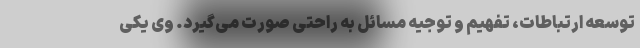
توسعه ارتباطات، تفهیم و توجیه مسائل به راحتی صورت می‌گیرد. وی یکی